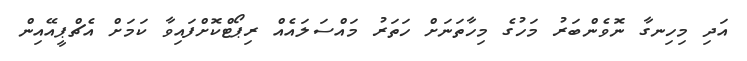
އަދި މިހިނގާ ނޮވެންބަރު މަހުގެ މިހާތަނަށް ހަތަރު މައްސަލައެއް ރިޕޯޓްކޮށްފައިވާ ކަމަށް އެޗްޕީއޭއިން